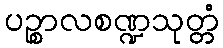
ပဉ္စာလစဏ္ဍသုတ္တံ